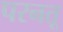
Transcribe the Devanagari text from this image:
परनतू